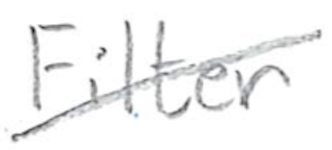
Text: Filter
Cross-out: diagonal
Writing tool: pencil